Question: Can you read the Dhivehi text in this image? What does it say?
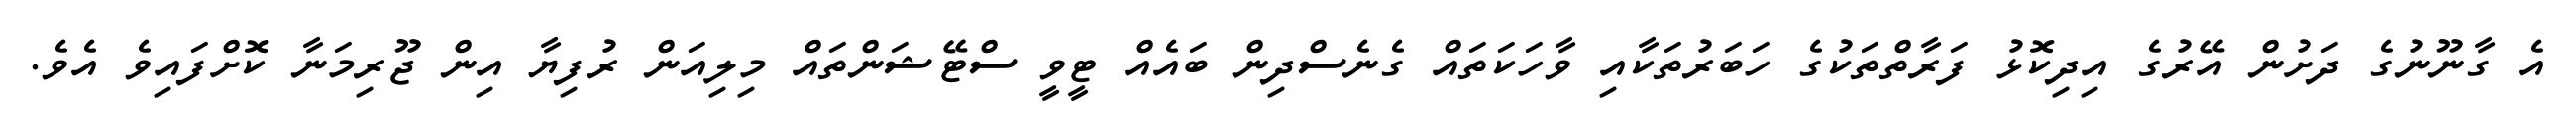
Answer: އެ ގާނޫނުގެ ދަށުން އޭރުގެ އިދިކޮޅު ފަރާތްތަކުގެ ހަބަރުތަކާއި ވާހަކަތައް ގެނެސްދިން ބައެއް ޓީވީ ސްޓޭޝަންތައް މިލިއަން ރުފިޔާ އިން ޖޫރިމަނާ ކޮށްފައިވެ އެވެ.